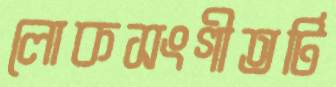
লোকসংগীতটি